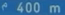
^{\mathrm{e}}400